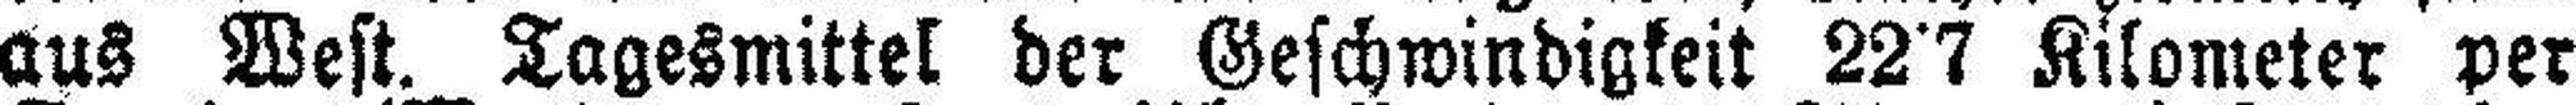
aus West. Tagesmittel der Geschwindigkeit 22•7 Kilometer per